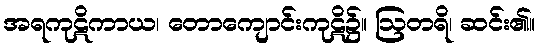
အရကုဋိကာယ၊ တောကျောင်းကုဋိ၌။ ဩတရိ၊ ဆင်း၏။